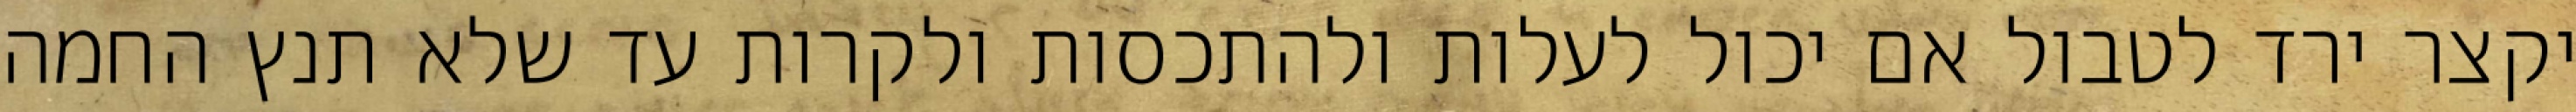
יקצר ירד לטבול אם יכול לעלות ולהתכסות ולקרות עד שלא תנץ החמה